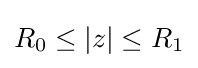
R_{0}\leq |z|\leq R_{1}